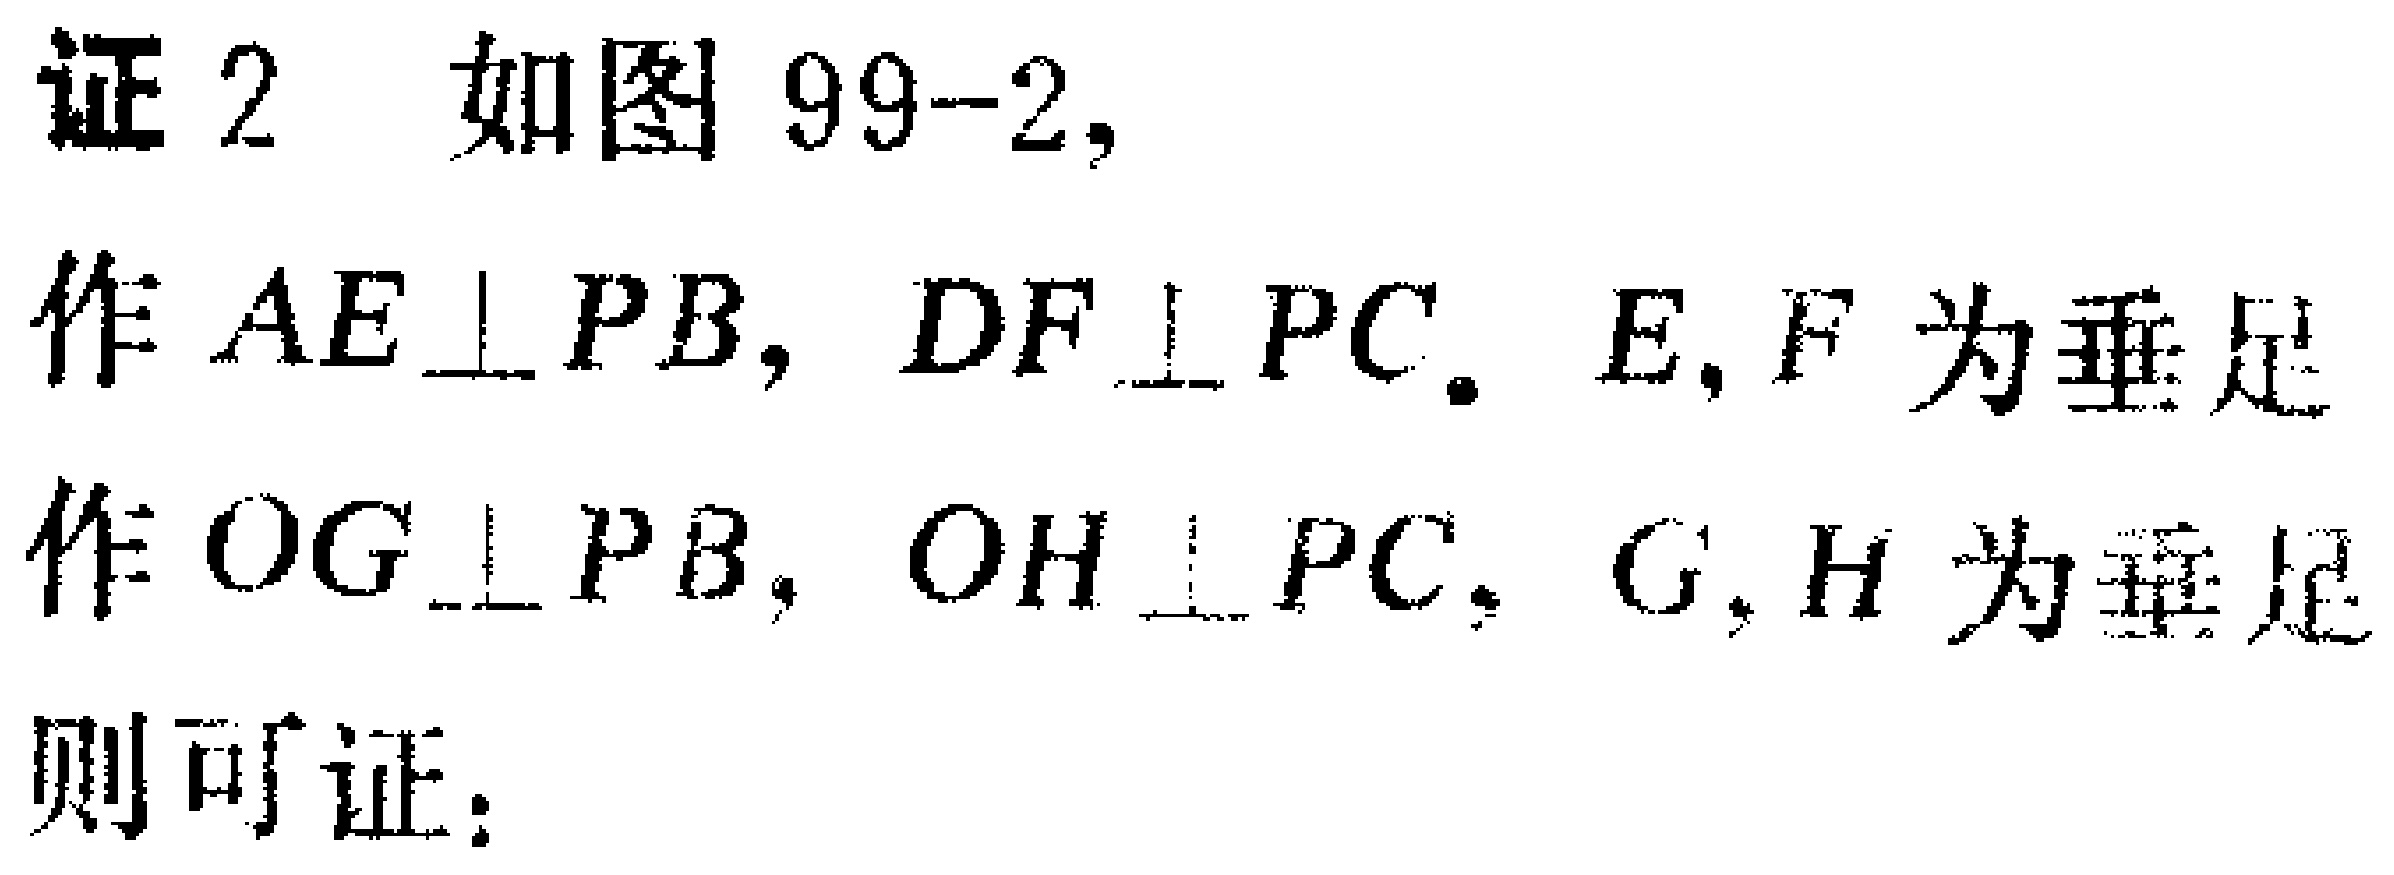
证2 如图99-2,

作 \(AE\perp PB\)，\(DF\perp PC\). \(E,F\)为垂足

作 \(OG\perp PB\)，\(OH\perp PC\). \(G,H\)为垂足

则可证：